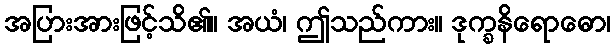
အပြားအားဖြင့်သိ၏။ အယံ၊ ဤသည်ကား။ ဒုက္ခနိရောဓော၊